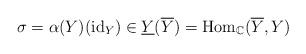
LaTeX: \begin{align*}\sigma=\alpha(Y)(\mathrm{id}_{Y})\in\underline{Y}(\overline{Y})=\mathrm{Hom}_{\mathbb{C}}(\overline{Y},Y)\end{align*}